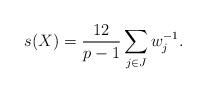
LaTeX: \begin{align*} s(X) = \frac{12}{p-1}\sum_{j\in J} w_j^{-1}. \end{align*}